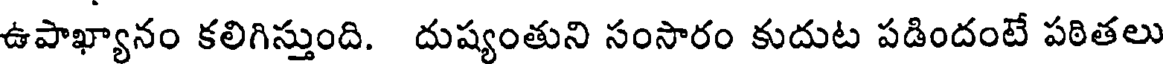
ఉపాఖ్యానం కలిగిస్తుంది. దుష్యంతుని సంసారం కుదుట పడిందంటే పఠితలు